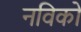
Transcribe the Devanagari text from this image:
नविकों